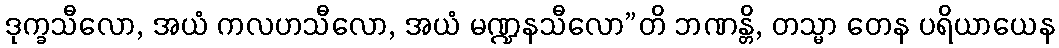
ဒုက္ခသီလော, အယံ ကလဟသီလော, အယံ မဏ္ဍနသီလော”တိ ဘဏန္တိ, တသ္မာ တေန ပရိယာယေန